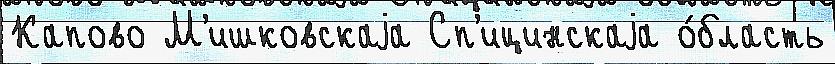
Капово М'ишковскаjа Сп'ицинскаjа о́бласть